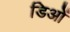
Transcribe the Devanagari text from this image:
डिओं